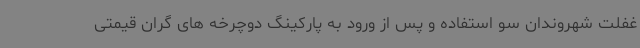
غفلت شهروندان سو استفاده و پس از ورود به پارکینگ دوچرخه های گران قیمتی